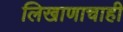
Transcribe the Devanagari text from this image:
लिखाणाचाही